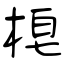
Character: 梍